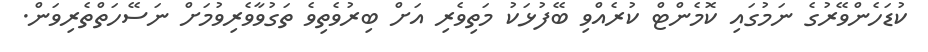
ކުޑަހެންވޭރުގެ ނަމުގައި ކޮމެންޓް ކުރެއްވި ބޭފުޅަކު މަތިވެރި އަށް ބިރުވެތިވެ ތަގުވާވެރިވުމަށް ނަސޭހަތްތެރިވަން.